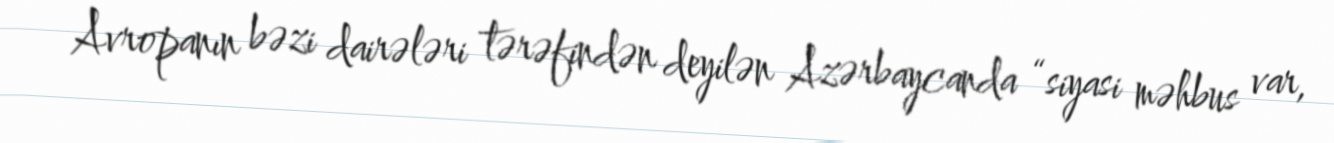
Avropanın bəzi dairələri tərəfindən deyilən Azərbaycanda “siyasi məhbus var,